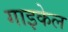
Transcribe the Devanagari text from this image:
गाइकेल